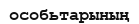
особьтарының